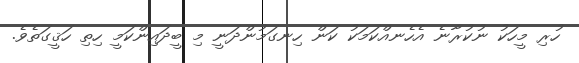
ހުރި މީހަކު ނުކުރާނެ އެހެނއްކަމަކު ކަން ހިނގަމުންދަނީ މި ބީދައިންކަމީ ހިތި ހަޤީގަތެވެ.